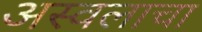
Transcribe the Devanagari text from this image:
अस्वलाचा